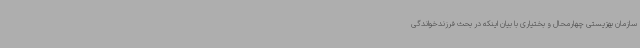
سازمان بهزیستی چهارمحال و بختیاری با بیان اینکه در بحث فرزندخواندگی